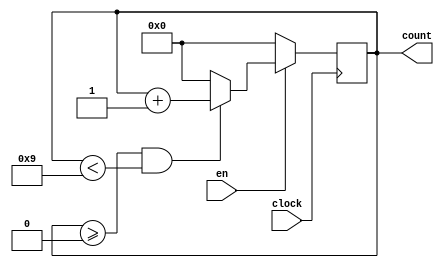
`timescale 1ns / 1ps

module Decade_Counter(en, clock, count);
input en, clock; 
 output reg [3:0] count;
  
  always @( posedge clock)
    begin
      if(en) 
        begin        
    	  if ( count>=4'd0 && count<4'd9)
      	  count<=count+4'd1;           
       	 else
          count<=4'd0;
         end     
      else 
        count<=4'd0;
    end
endmodule